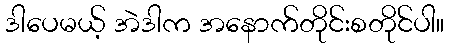
ဒါပေမယ့် အဲဒါက အနောက်တိုင်းစတိုင်ပါ။